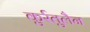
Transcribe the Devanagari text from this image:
कुर्रतुलैन